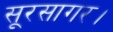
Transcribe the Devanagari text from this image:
सूरसागर।